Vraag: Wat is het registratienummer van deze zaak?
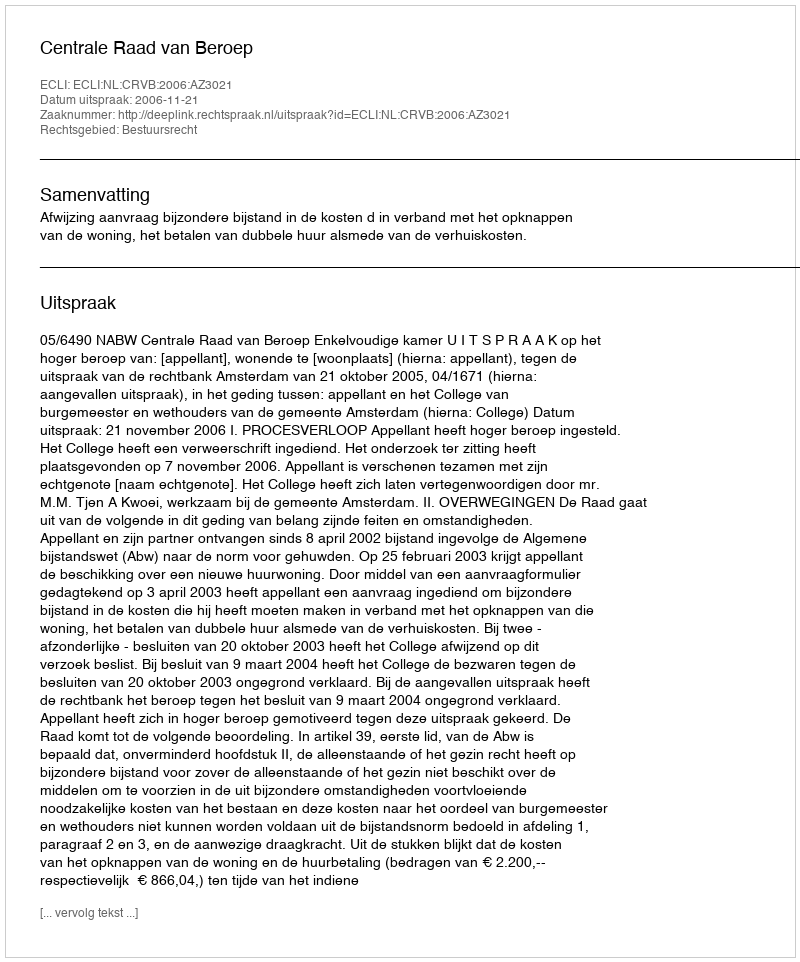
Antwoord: http://deeplink.rechtspraak.nl/uitspraak?id=ECLI:NL:CRVB:2006:AZ3021